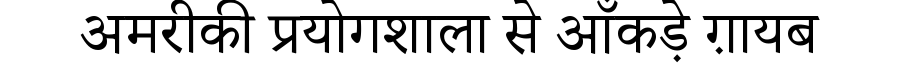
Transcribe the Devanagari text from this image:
अमरीकी प्रयोगशाला से आँकड़े ग़ायब